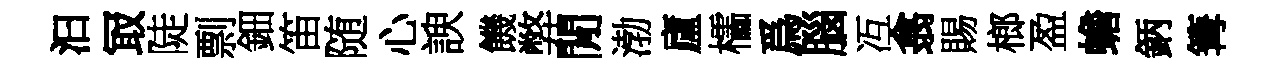
汩冣陡剽鈿笛随心諛饑弊閒渤廬櫺爲腦冱翕賜榔盈蟾鈵篝